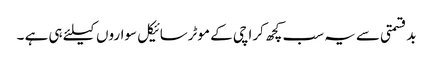
بدقسمتی سے یہ سب کچھ کراچی کے موٹرسائیکل سواروں کیلئے ہی ہے ۔